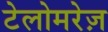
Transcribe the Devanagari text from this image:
टेलोमरेज़